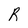
Character: R